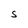
Character: S